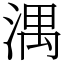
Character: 湡